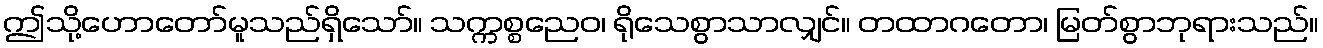
ဤသို့ဟောတော်မူသည်ရှိသော်။ သက္ကစ္စညေဝ၊ ရိုသေစွာသာလျှင်။ တထာဂတော၊ မြတ်စွာဘုရားသည်။